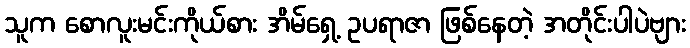
သူက စောလူးမင်းကိုယ်စား အိမ်ရှေ့ ဥပရာဇာ ဖြစ်နေတဲ့ အတိုင်းပါပဲဗျား